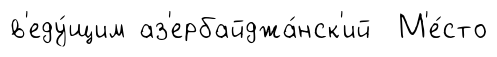
в'еду́щим аз'ербайджа́нск'ий М'е́сто